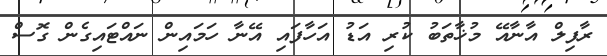
ރާފިލް އާނާއޭ މުޚާތަބު ކުރި އަޑު އަހާފައި އޭނާ ހަމައިން ނައްޓައިގެން ގޮސް